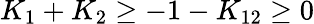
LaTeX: K_{1}+K_{2}\ge-1-K_{12}\ge 0